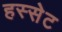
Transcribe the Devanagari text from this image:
हस्सेट